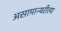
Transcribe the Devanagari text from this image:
असामान्यरीत्या